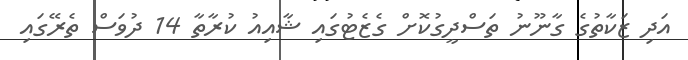
އަދި ޒަކާތުގެ ގާނޫނު ތަސްދީގުކޮށް ގެޒެޓުގައި ޝާއިއު ކުރާތާ 14 ދުވަސް ތެރޭގައި